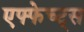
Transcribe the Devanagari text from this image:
एफ्फेच्ट्स